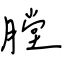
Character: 膛